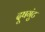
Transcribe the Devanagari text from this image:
दूषगुंट